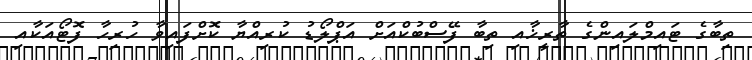
ތިބާގެ ޓައިމްލައިންގެ ތާރީޚާއި ތިބާ ފޭސްބުކްއަށް އަޕްލޯޑު ކުރިއްޔާ ކޮށްފައިވާ ހުރިހާ ފޮޓޯއަކާއި